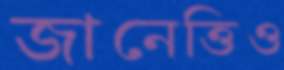
জানেত্তিও